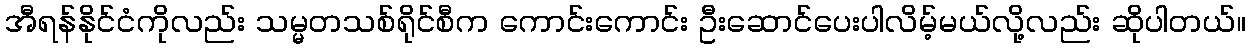
အီရန်နိုင်ငံကိုလည်း သမ္မတသစ်ရိုင်စီက ကောင်းကောင်း ဦးဆောင်ပေးပါလိမ့်မယ်လို့လည်း ဆိုပါတယ်။